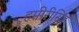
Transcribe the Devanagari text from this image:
हमीरीसिंह